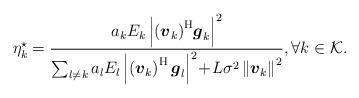
LaTeX: \begin{align*}\eta_k^{\star} = \frac{a_{k} {E}_{k}\left|\left(\boldsymbol{v}_{k}\right)^{\mathrm{H}}\!\boldsymbol{g}_{k}\right|^{2}}{\sum_{l \neq k} a_{l} {E}_{l}\left|\left(\boldsymbol{v}_{k}\right)^{\mathrm{H}} \boldsymbol{g}_{l}\right|^{2}\!+\!L\sigma^{2}\left\|\boldsymbol{v}_{k}\right\|^{2}}, \forall k \in \mathcal{K}.\end{align*}